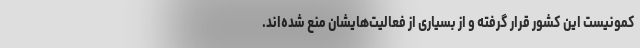
کمونیست این کشور قرار گرفته و از بسیاری از فعالیت‌هایشان منع شده‌اند.